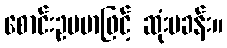
စောင်းဥပမာဖြင့် ဆုံးမခန်း။